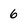
Character: 6